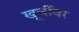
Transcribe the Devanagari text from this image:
खूर्चीवर